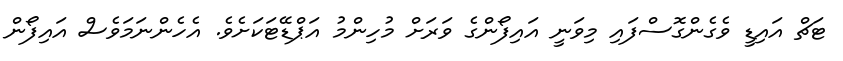
ޓަޗް އައިޑީ ވެގެންގޮސްފައި މިވަނީ އައިފޯންގެ ވަރަށް މުހިންމު އަޕްޑޭޓަކަށެވެ. އެހެންނަމަވެސް އައިފޯން